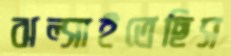
ঝল্‌সাইতেছিস